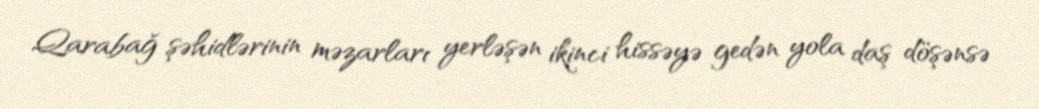
Qarabağ şəhidlərinin məzarları yerləşən ikinci hissəyə gedən yola daş döşənsə